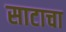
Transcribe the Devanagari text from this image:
साटाचा